Document type: Grant
Year: 1445
Scribe: Antoni Gomar
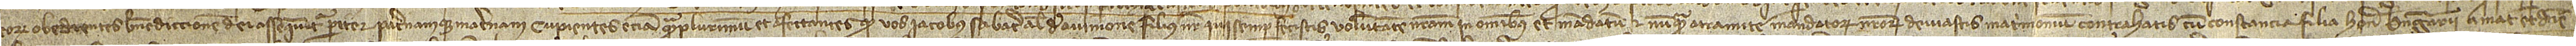
eorum obedientes benedictionem Dei assequentur pariter paternamque maternam, cupientes etiam quamplurimum et afectantes quod vos Iacobus Sabater, alias de Avinione, filius noster, qui semper fecistis voluntatem nostram in omnibus et mandatum, et nunquam a tramite mandatorum nostrorum deviastis matrimonium contrahatis cum Constancia, filia honorabilis Berengarii Amat et domine